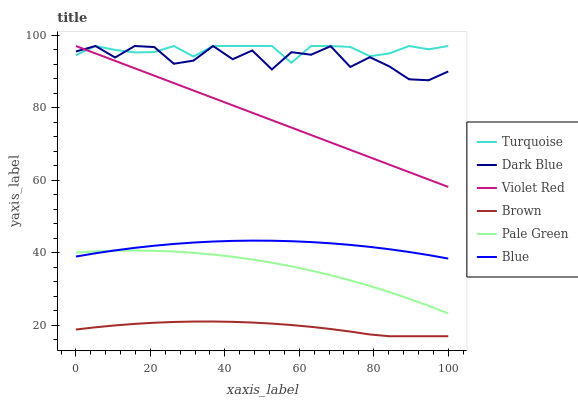
| xaxis_label | Turquoise | Dark Blue | Violet Red | Brown | Pale Green | Blue |
 | --- | --- | --- | --- | --- | --- | --- |
 | 0 | 94.5 | 95.5 | 97 | 18.8 | 40.1 | 39 |
 | 5.26 | 97 | 97 | 95 | 19.5 | 40.4 | 39.9 |
 | 10.5 | 95.9 | 93.8 | 92.9 | 20 | 40.6 | 40.7 |
 | 15.8 | 95.2 | 97 | 90.9 | 20.4 | 40.6 | 41.4 |
 | 21.1 | 95.3 | 96.7 | 88.8 | 20.7 | 40.6 | 42 |
 | 26.3 | 97 | 92.1 | 86.8 | 20.9 | 40.3 | 42.4 |
 | 31.6 | 94.1 | 93 | 84.7 | 21.1 | 40 | 42.8 |
 | 36.8 | 97 | 97 | 82.7 | 21.1 | 39.5 | 43.1 |
 | 42.1 | 97 | 93.4 | 80.6 | 21 | 38.9 | 43.3 |
 | 47.4 | 97 | 95.8 | 78.6 | 20.8 | 38.2 | 43.4 |
 | 52.6 | 97 | 90.5 | 76.6 | 20.5 | 37.3 | 43.3 |
 | 57.9 | 92.4 | 95.3 | 74.5 | 20.1 | 36.3 | 43.2 |
 | 63.2 | 97 | 94.6 | 72.5 | 19.6 | 35.1 | 43 |
 | 68.4 | 97 | 97 | 70.4 | 19 | 33.8 | 42.6 |
 | 73.7 | 96.7 | 91.2 | 68.4 | 18.3 | 32.4 | 42.2 |
 | 78.9 | 94.2 | 93.9 | 66.3 | 17.5 | 30.9 | 41.6 |
 | 84.2 | 95 | 91.4 | 64.3 | 17 | 29.2 | 41 |
 | 89.5 | 97 | 87.8 | 62.2 | 17 | 27.3 | 40.2 |
 | 94.7 | 96.1 | 87.6 | 60.2 | 17 | 25.4 | 39.4 |
 | 100 | 97 | 90 | 58.2 | 17 | 23.3 | 38.4 |